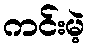
ကင်းမဲ့